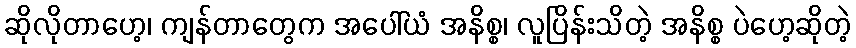
ဆိုလိုတာဟေ့၊ ကျန်တာတွေက အပေါ်ယံ အနိစ္စ၊ လူပြိန်းသိတဲ့ အနိစ္စ ပဲဟေ့ဆိုတဲ့